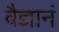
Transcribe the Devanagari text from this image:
वैज्ञानं